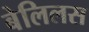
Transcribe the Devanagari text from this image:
बेलिलस